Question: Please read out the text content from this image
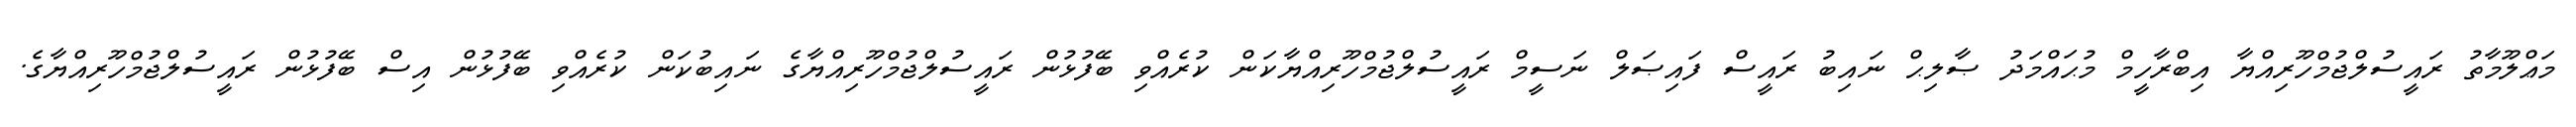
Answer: މަޢްލޫމާތު ރައީސުލްޖުމްހޫރިއްޔާ އިބްރާހީމް މުޙައްމަދު ޞާލިޙް ނައިބު ރައީސް ފައިޞަލް ނަސީމް ރައީސުލްޖުމްހޫރިއްޔާކަން ކުރެއްވި ބޭފުޅުން ރައީސުލްޖުމްހޫރިއްޔާގެ ނައިބުކަން ކުރެއްވި ބޭފުޅުން އިސް ބޭފުޅުން ރައީސުލްޖުމްހޫރިއްޔާގެ.